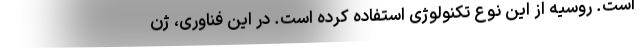
است. روسیه از این نوع تکنولوژی استفاده کرده است. در این فناوری، ژن